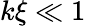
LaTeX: k\xi\ll 1